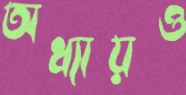
অধ্যায়ও